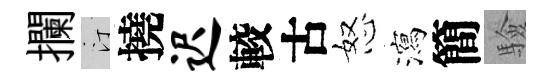
攔汀撓迟較古怒瀉簡驗